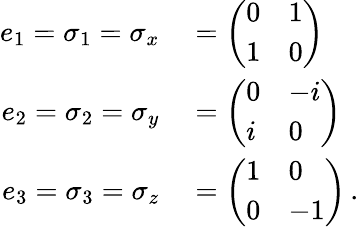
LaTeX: \begin{array}{rl}{e_{1}=\sigma_{1}=\sigma_{x}}&{{}={\left(\begin{array}{ll}{0}&{1}\\ {1}&{0}\end{array}\right)}}\\ {e_{2}=\sigma_{2}=\sigma_{y}}&{{}={\left(\begin{array}{ll}{0}&{-i}\\ {i}&{0}\end{array}\right)}}\\ {e_{3}=\sigma_{3}=\sigma_{z}}&{{}={\left(\begin{array}{ll}{1}&{0}\\ {0}&{-1}\end{array}\right)}\, .}\end{array}